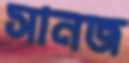
সানজ